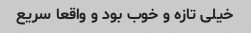
خیلی تازه و خوب بود و واقعا سریع